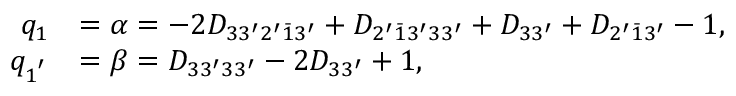
\begin{array} { r l } { q _ { 1 } } & { = \alpha = - 2 { D _ { 3 3 ^ { \prime } 2 ^ { \prime } \bar { 1 } 3 ^ { \prime } } } + { D _ { 2 ^ { \prime } \bar { 1 } 3 ^ { \prime } 3 3 ^ { \prime } } } + { D _ { 3 3 ^ { \prime } } } + { D _ { 2 ^ { \prime } \bar { 1 } 3 ^ { \prime } } } - 1 , } \\ { q _ { 1 ^ { ' } } } & { = \beta = { D _ { 3 3 ^ { \prime } 3 3 ^ { \prime } } } - 2 { D _ { 3 3 ^ { \prime } } } + 1 , } \end{array}